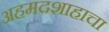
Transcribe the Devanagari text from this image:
अहमदशाहाचा